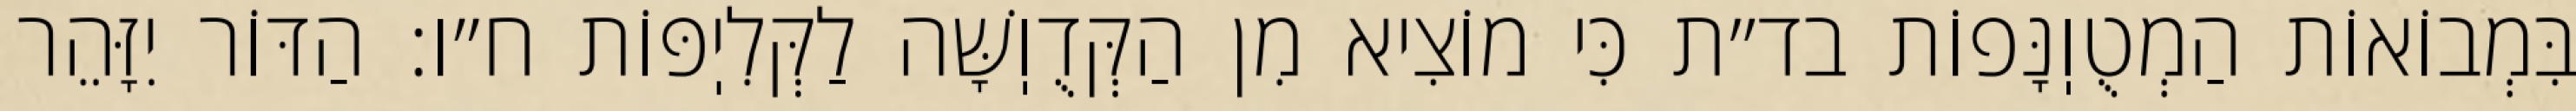
בִּמְבוֹאוֹת הַמְטֻוֽנָּפוֹת בד״ת כִּי מוֹצִיא מִן הַקְּדֻוֽשָּׁה לַקְּלִיֽפּוֹת ח״ו: הַדּוֹר יִזָּהֵר